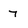
Character: 7